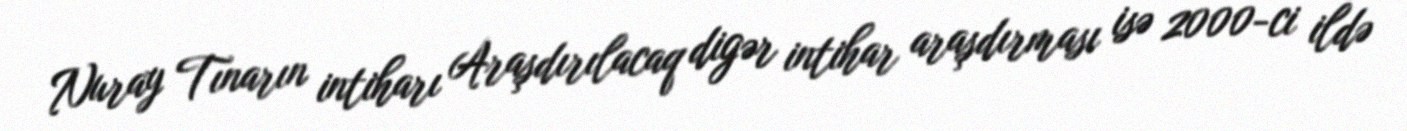
Nuray Tınarın intiharı Araşdırılacaq digər intihar araşdırması isə 2000-ci ildə